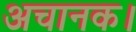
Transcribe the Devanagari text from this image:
अचानक।